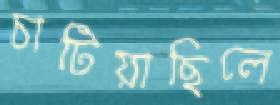
চাটিয়াছিলে